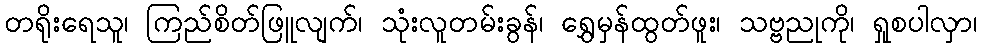
တရိုးရေသူ၊ ကြည်စိတ်ဖြူလျက်၊ သုံးလူတမ်းခွန်၊ ရွှေမှန်ထွတ်ဖူး၊ သဗ္ဗညုကို၊ ရှုစပါလှာ၊